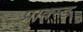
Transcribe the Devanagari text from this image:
प्राक्स्ड